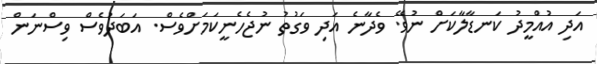
އަދި އުއްމީދު ކަނޑާލާކަށް ނުވޭ. ވެދާނެ އަދި ވަގުތު ނުޖެހެނީކަމަށްވެސް. އަބަދުވެސް ވިސްނަން